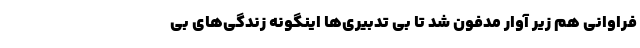
فراوانی هم زیر آوار مدفون شد تا بی تدبیری‌ها اینگونه زندگی‌های بی